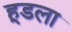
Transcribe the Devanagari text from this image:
हूडला